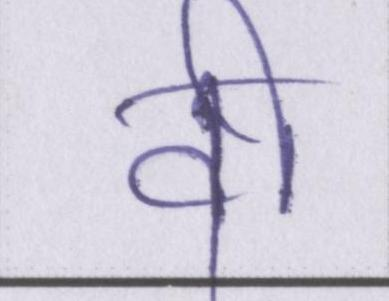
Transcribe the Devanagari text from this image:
वी